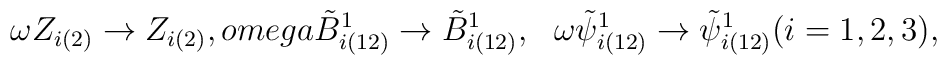
\omega Z_{i(2)} \rightarrow Z_{i(2)}, \ \\omega \tilde{B}_{i(12)}^{1} \rightarrow \tilde{B}_{i(12)}^{1}, \ \ \omega \tilde{\psi}_{i(12)}^1 \rightarrow \tilde{\psi}_{i(12)}^1(i=1,2,3),